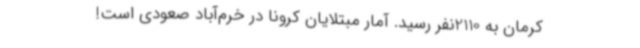
کرمان به 2110نفر رسید. آمار مبتلایان کرونا در خرم‌آباد صعودی است!